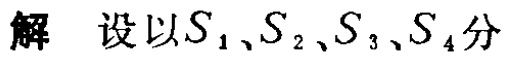
解 设以\(S_{1}、S_{2}、S_{3}、S_{4}\)分